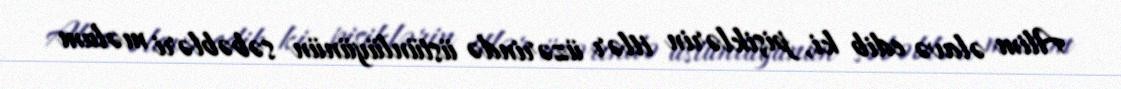
Alim əlavə edib ki, pişiklərin itlər üzərində üstünlüyünün səbəbləri məlum